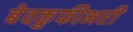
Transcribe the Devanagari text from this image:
बेवकुफीभरी